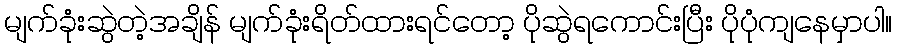
မျက်ခုံးဆွဲတဲ့အချိန် မျက်ခုံးရိတ်ထားရင်တော့ ပိုဆွဲရကောင်းပြီး ပိုပုံကျနေမှာပါ။